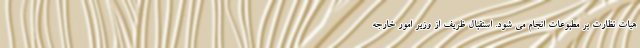
هیات نظارت بر مطبوعات انجام می شود. استقبال ظریف از وزیر امور خارجه